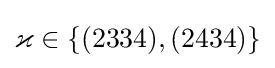
\varkappa \in \{(2334),(2434)\}